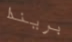
بريندا